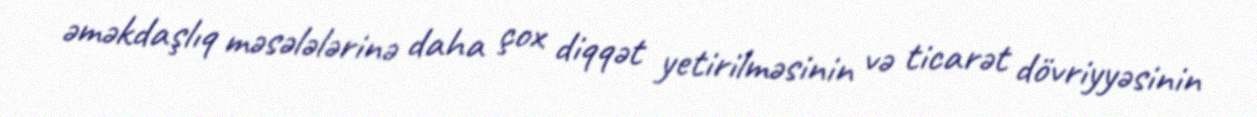
əməkdaşlıq məsələlərinə daha çox diqqət yetirilməsinin və ticarət dövriyyəsinin